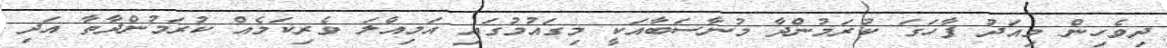
ދިވެހިން މިއަދު ފާހަގަ ކުރަމުންދާ މުނާސަބާއަކީ މިގައުމުގައި އަމިއްލަ ވެރިކަމެއް ކުރަމުންދާތާ އަދި